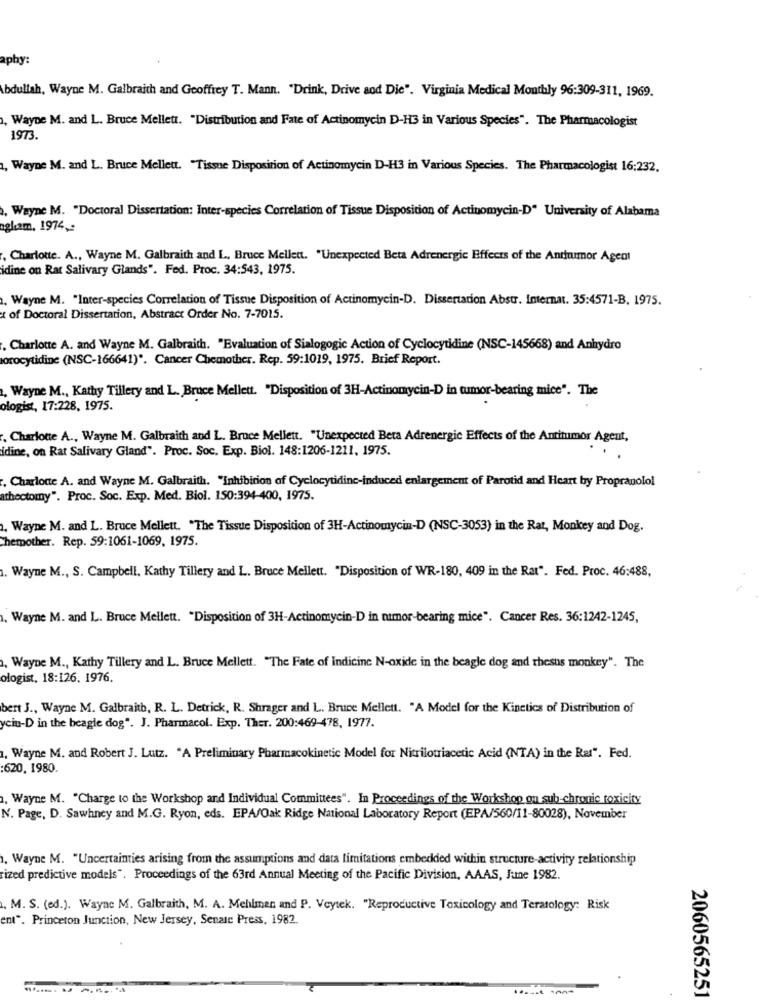
aphy:
Abdullah, Wayne M. Galbraith and Geoffrey T. Mann. "Drink, Drive sod Die". Virginia Medical Monthly 96:309-311, 1969.
, Wayne M. and L. Bruce Mellett. "Distribution and Fate of Actinomycin D-H3 in Various Species". The Pharmacologist
1973.
, Wayne M. and L. Bruce Mellett. "Tissue Disposition of Actinomycin D-H3 in Various Species. The Pharmacologist 16:232.
, Wayne M. "Doctoral Dissertation: Inter-species Correlation of Tissue Disposition of Actinomycin-D" University of Alabama
aglıam, 1974 ,-
, Charlotte. A ., Wayne M. Galbraith and L ., Bruce Mellett. "Unexpected Beta Adrenergic Effects of the Anthumor Agent
idine on Rat Salivary Glands". Fed. Proc. 34:543, 1975.
, Wayne M. "Inter-species Correlation of Tissue Disposition of Actinomycin-D. Dissertation Abstr. Internat. 35:4571-B. 1975.
x of Doctoral Dissertation, Abstract Order No. 7-7015.
. Charlotte A. and Wayne M. Galbraith. "Evaluation of Sialogogic Action of Cyclocytidine (NSC-145668) and Anhydro
orocytidine (NSC-166641)". Cancer Chemother. Rep. 59:1019, 1975. Brief Report.
, Wayne M ., Kathy Tillery and L. Bruce Mellett. "Disposition of 3H-Actinomycin-D in tumor-bearing mice". The
ologist, 17:228, 1975.
Charlotte A ., Wayne M. Galbraith and L. Bruce Mellett. "Unexpected Beta Adrenergic Effects of the Antitumor Agent,
idine, on Rat Salivary Gland". Proc. Soc. Exp. Biol. 148:1206-1211, 1975.
. Charlotte A. and Wayne M. Galbraith. "Inhibition of Cyclocytidine-induced enlargement of Parotid and Heart by Propranolol
athectomy". Proc. Soc. Exp. Med. Biol. 150:394-400, 1975.
, Wayne M. and L. Bruce Mellett. "The Tissue Disposition of 3H-Actinomycin-D (NSC-3053) in the Rat, Monkey and Dog.
Chemother. Rep. 59:1061-1069, 1975.
. Wayne M ., S. Campbell, Kathy Tillery and L. Bruce Mellett. "Disposition of WR-180, 409 in the Rat". Fed. Proc. 46:488,
, Wayne M. and L. Bruce Mellett. "Disposition of 3H-Actinomycin-D in tumor-bearing mice". Cancer Res. 36:1242-1245,
, Wayne M ., Kathy Tillery and L. Bruce Mellett. "The Fate of Indicine N-oxide in the beagle dog and rhesus monkey". The
ologist, 18:126. 1976.
bert J ., Wayne M. Galbraith, R. L. Detrick, R. Shrager and L. Bruce Mellett. "A Model for the Kinetics of Distribution of
yciu-D in the beagle dog". J. Pharmacol. Exp. Ther. 200:469-478, 1977.
1. Wayne M. and Robert J. Lutz. "A Preliminary Pharmacokinetic Model for Nitrilotriacetic Acid (NTA) in the Rat". Fed.
:620, 1980.
. Wayne M. "Charge to the Workshop and Individual Committees". In Proceedings of the Workshop ou sub-chronic toxicity
N. Page, D. Sawhney and M.G. Ryon, eds. EPA/Oak Ridge National Laboratory Report (EPA/560/11-80028), November
1. Wayne M. "Uncertainties arising from the assumptions and data limitations embedded within structure-activity relationship
sized predictive models". Proceedings of the 63rd Annual Meeting of the Pacific Division, AAAS, June 1982.
M. S. (ed.). Wayne M. Galbraith, M. A. Mehlmen and P. Voytek. "Reproductive Toxicology and Teratology: Risk
en". Princeton Junction, New Jersey, Senate Press, 1982.
2060565251